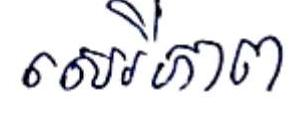
សេរីភាព